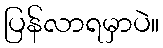
ပြန်လာရမှာပဲ။